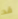
قد